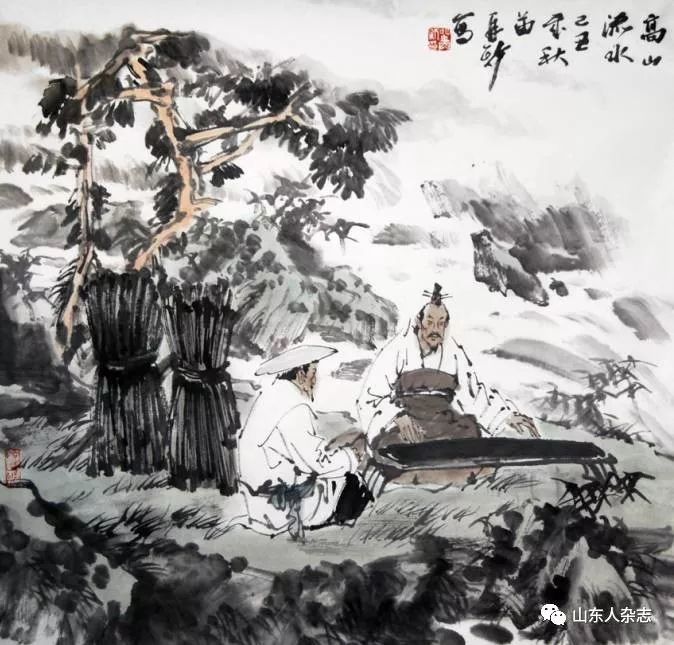
知音如不赏，归卧故山秋。